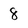
Character: 8